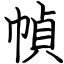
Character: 幀